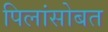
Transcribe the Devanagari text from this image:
पिलांसोबत